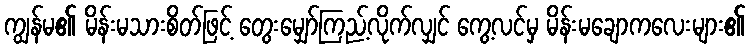
ကျွန်မ၏ မိန်းမသားစိတ်ဖြင့် တွေးမျှော်ကြည့်လိုက်လျှင် ကွေ့လင်မှ မိန်းမချောကလေးများ၏